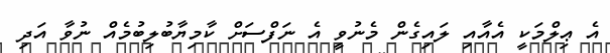
އެ ޢިލްމަކީ އެއާއި ލައިގެން މެނުވީ އެ ނަފްސަށް ކާމިޔާބުލިބުމެއް ނުވާ އަދި